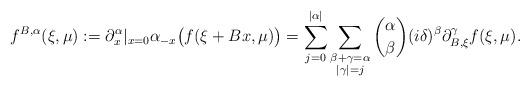
LaTeX: \begin{align*} f^{B,\alpha}(\xi,\mu) := \partial_x^\alpha|_{x=0} \alpha_{-x} \big( f(\xi+Bx,\mu) \big) = \sum_{j=0}^{|\alpha|} \sum_{\substack{\beta+\gamma = \alpha \\ |\gamma| = j}} \binom \alpha \beta (i\delta)^\beta \partial_{B,\xi}^\gamma f(\xi,\mu) . \end{align*}